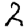
Digit: 2